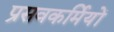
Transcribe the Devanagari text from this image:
प्रसवकर्मियों